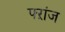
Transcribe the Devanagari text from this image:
फ्ऱांज